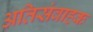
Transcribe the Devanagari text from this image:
अतिसंवाहक